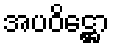
အပဝိဋ္ဌော